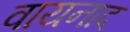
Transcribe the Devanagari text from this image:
वायनाद